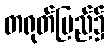
တရုတ်ပြည်၌